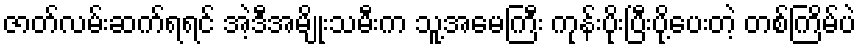
ဇာတ်လမ်းဆက်ရရင် အဲ့ဒီအမျိုးသမီးက သူ့အမေကြီး ကုန်းပိုးပြီးပို့ပေးတဲ့ တစ်ကြိမ်ပဲ